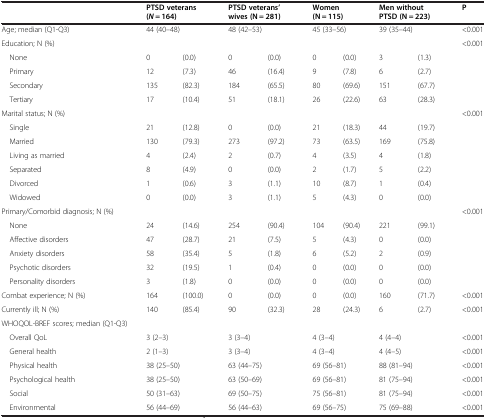
<table><thead><tr><td></td><td colspan="2"><b>PTSD veterans (<i>N</i> = 164)</b></td><td colspan="2"><b>PTSD veterans’ wives (N = 281)</b></td><td colspan="2"><b>Women (N = 115)</b></td><td colspan="2"><b>Men without PTSD (N = 223)</b></td><td><b>P</b></td></tr></thead><tbody><tr><td>Age; median (Q1-Q3)</td><td colspan="2">44 (40–48)</td><td colspan="2">48 (42–53)</td><td colspan="2">45 (33–56)</td><td colspan="2">39 (35–44)</td><td>&lt;0.001</td></tr><tr><td>Education; N (%)</td><td colspan="2"></td><td colspan="2"></td><td colspan="2"></td><td colspan="2"></td><td>&lt;0.001</td></tr><tr><td> None</td><td>0</td><td>(0.0)</td><td>0</td><td>(0.0)</td><td>0</td><td>(0.0)</td><td>3</td><td>(1.3)</td><td></td></tr><tr><td> Primary</td><td>12</td><td>(7.3)</td><td>46</td><td>(16.4)</td><td>9</td><td>(7.8)</td><td>6</td><td>(2.7)</td><td></td></tr><tr><td> Secondary</td><td>135</td><td>(82.3)</td><td>184</td><td>(65.5)</td><td>80</td><td>(69.6)</td><td>151</td><td>(67.7)</td><td></td></tr><tr><td> Tertiary</td><td>17</td><td>(10.4)</td><td>51</td><td>(18.1)</td><td>26</td><td>(22.6)</td><td>63</td><td>(28.3)</td><td></td></tr><tr><td>Marital status; N (%)</td><td></td><td></td><td></td><td></td><td></td><td></td><td></td><td></td><td>&lt;0.001</td></tr><tr><td> Single</td><td>21</td><td>(12.8)</td><td>0</td><td>(0.0)</td><td>21</td><td>(18.3)</td><td>44</td><td>(19.7)</td><td></td></tr><tr><td> Married</td><td>130</td><td>(79.3)</td><td>273</td><td>(97.2)</td><td>73</td><td>(63.5)</td><td>169</td><td>(75.8)</td><td></td></tr><tr><td> Living as married</td><td>4</td><td>(2.4)</td><td>2</td><td>(0.7)</td><td>4</td><td>(3.5)</td><td>4</td><td>(1.8)</td><td></td></tr><tr><td> Separated</td><td>8</td><td>(4.9)</td><td>0</td><td>(0.0)</td><td>2</td><td>(1.7)</td><td>5</td><td>(2.2)</td><td></td></tr><tr><td> Divorced</td><td>1</td><td>(0.6)</td><td>3</td><td>(1.1)</td><td>10</td><td>(8.7)</td><td>1</td><td>(0.4)</td><td></td></tr><tr><td> Widowed</td><td>0</td><td>(0.0)</td><td>3</td><td>(1.1)</td><td>5</td><td>(4.3)</td><td>0</td><td>(0.0)</td><td></td></tr><tr><td>Primary/Comorbid diagnosis; N (%)</td><td></td><td></td><td></td><td></td><td></td><td></td><td></td><td></td><td>&lt;0.001</td></tr><tr><td> None</td><td>24</td><td>(14.6)</td><td>254</td><td>(90.4)</td><td>104</td><td>(90.4)</td><td>221</td><td>(99.1)</td><td></td></tr><tr><td> Affective disorders</td><td>47</td><td>(28.7)</td><td>21</td><td>(7.5)</td><td>5</td><td>(4.3)</td><td>0</td><td>(0.0)</td><td></td></tr><tr><td> Anxiety disorders</td><td>58</td><td>(35.4)</td><td>5</td><td>(1.8)</td><td>6</td><td>(5.2)</td><td>2</td><td>(0.9)</td><td></td></tr><tr><td> Psychotic disorders</td><td>32</td><td>(19.5)</td><td>1</td><td>(0.4)</td><td>0</td><td>(0.0)</td><td>0</td><td>(0.0)</td><td></td></tr><tr><td> Personality disorders</td><td>3</td><td>(1.8)</td><td>0</td><td>(0.0)</td><td>0</td><td>(0.0)</td><td>0</td><td>(0.0)</td><td></td></tr><tr><td>Combat experience; N (%)</td><td>164</td><td>(100.0)</td><td>0</td><td>(0.0)</td><td>0</td><td>(0.0)</td><td>160</td><td>(71.7)</td><td>&lt;0.001</td></tr><tr><td>Currently ill; N (%)</td><td>140</td><td>(85.4)</td><td>90</td><td>(32.3)</td><td>28</td><td>(24.3)</td><td>6</td><td>(2.7)</td><td>&lt;0.001</td></tr><tr><td>WHOQOL-BREF scores; median (Q1-Q3)</td><td></td><td></td><td></td><td></td><td></td><td></td><td></td><td></td><td></td></tr><tr><td> Overall QoL</td><td colspan="2">3 (2–3)</td><td colspan="2">3 (3–4)</td><td colspan="2">4 (3–4)</td><td colspan="2">4 (4–4)</td><td>&lt;0.001</td></tr><tr><td> General health</td><td colspan="2">2 (1–3)</td><td colspan="2">3 (3–4)</td><td colspan="2">4 (3–4)</td><td colspan="2">4 (4–5)</td><td>&lt;0.001</td></tr><tr><td> Physical health</td><td colspan="2">38 (25–50)</td><td colspan="2">63 (44–75)</td><td colspan="2">69 (56–81)</td><td colspan="2">88 (81–94)</td><td>&lt;0.001</td></tr><tr><td> Psychological health</td><td colspan="2">38 (25–50)</td><td colspan="2">63 (50–69)</td><td colspan="2">69 (56–81)</td><td colspan="2">81 (75–94)</td><td>&lt;0.001</td></tr><tr><td> Social</td><td colspan="2">50 (31–63)</td><td colspan="2">69 (50–75)</td><td colspan="2">75 (56–81)</td><td colspan="2">81 (75–94)</td><td>&lt;0.001</td></tr><tr><td> Environmental</td><td colspan="2">56 (44–69)</td><td colspan="2">56 (44–63)</td><td colspan="2">69 (56–75)</td><td colspan="2">75 (69–88)</td><td>&lt;0.001</td></tr></tbody></table>